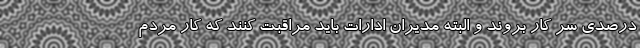
درصدی سر کار بروند و البته مدیران ادارات باید مراقبت کنند که کار مردم